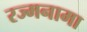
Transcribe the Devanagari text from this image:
रज्मनामा